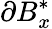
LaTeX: \partial B_{x}^{*}